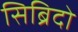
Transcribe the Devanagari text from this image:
सिब्रिदो